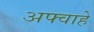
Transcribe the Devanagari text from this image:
अफ्वाहे